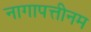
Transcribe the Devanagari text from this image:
नागापत्तीनम